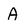
Character: A